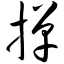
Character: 掸